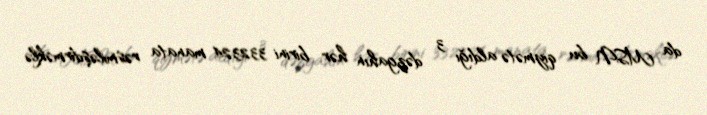
da MSN bu qiymətə aldığı 3 dəzgahın hər birini 332324 manata rəsmiləşdirməklə